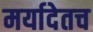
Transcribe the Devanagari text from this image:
मर्यादेतच